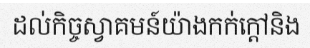
ដល់កិច្ចស្វាគមន៍យ៉ាងកក់ក្តៅនិង